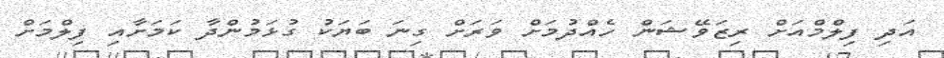
އަދި ފިލްމްއަށް ރިޒަވޭޝަން ހެއްދުމަށް ވަރަށް ގިނަ ބަޔަކު ގުޅަމުންދާ ކަމަށާއި ފިލްމަށް